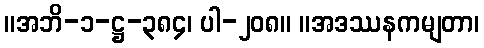
။အဘိ-၁-ဋ္ဌ-၃၈၄၊ ပါ-၂၀၈။ ။အဒဿနကမျတာ၊